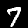
Label: 7